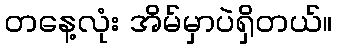
တနေ့လုံး အိမ်မှာပဲရှိတယ်။